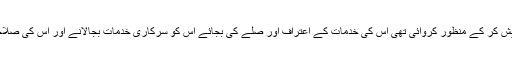
وہ جی ایم سید جس نے قیامِ پاکستان کے لیے اسمبلی کے اجلاس میں قراردادپیش کر کے منظور کروائی تھی اس کی خدمات کے اعتراف اور صلے کی بجائے اس کو سرکاری خدمات بجالانے اور اس کی صلاحیت واہلیت کے مطابق ہر ایک سرکاری عہدے سے اس کو محروم رکھا گیا۔